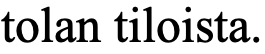
tolan tiloista.